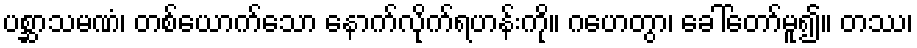
ပစ္ဆာသမဏံ၊ တစ်ယောက်သော နောက်လိုက်ရဟန်းကို။ ဂဟေတွာ၊ ခေါ်တော်မူ၍။ တဿ၊